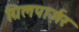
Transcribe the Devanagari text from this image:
ग्रिलपार्ज़र